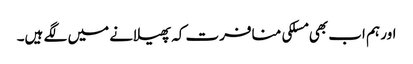
اور ہم اب بھی مسلکی منافرت کہ پھیلانے میں لگے ہیں۔